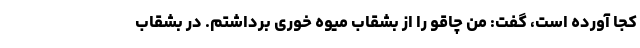
کجا آورده است، گفت: من چاقو را از بشقاب میوه خوری برداشتم. در بشقاب